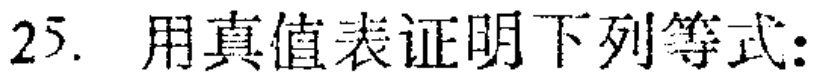
25. 用真值表证明下列等式: